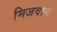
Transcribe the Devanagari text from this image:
मिजवान